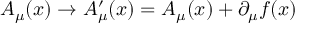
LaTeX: A _ { \mu } ( x ) \rightarrow A _ { \mu } ^ { \prime } ( x ) = A _ { \mu } ( x ) + \partial _ { \mu } f ( x )